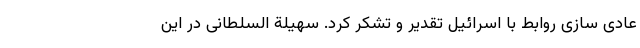
عادی سازی روابط با اسرائیل تقدیر و تشکر کرد. سهیلة السلطانی در این